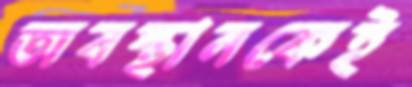
অবস্থানকেই